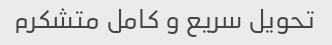
تحویل سریع و کامل متشکرم